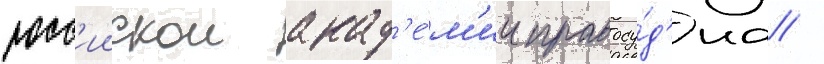
росс'иискои акад'е́м'ии правосу́д'иа /